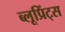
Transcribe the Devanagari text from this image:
ब्लूप्रिंट्स